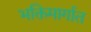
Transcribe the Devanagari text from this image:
भक्तिमार्गात